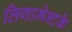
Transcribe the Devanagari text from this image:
लिगामेन्टके